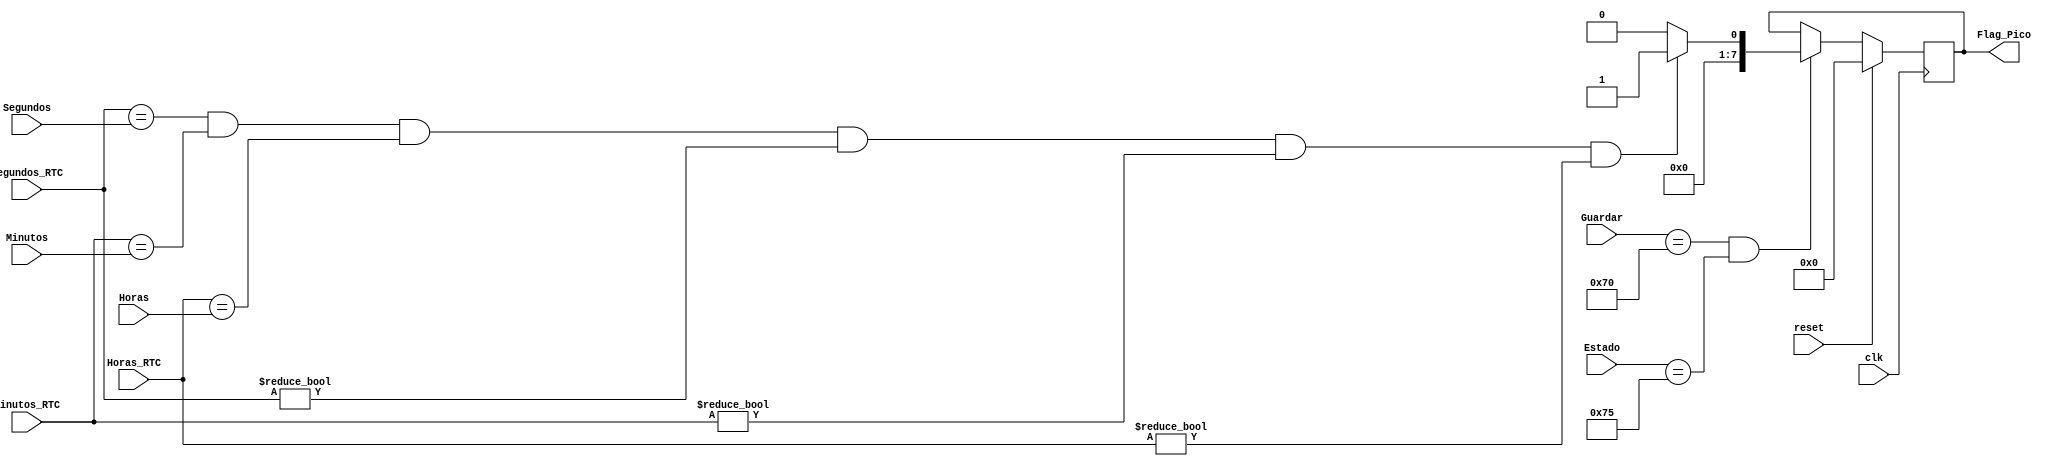
`timescale 1ns / 1ps
//////////////////////////////////////////////////////////////////////////////////
// Company: 
// Engineer: 
// 
// Design Name: 
// Module Name:    Banderas_Alarma 
// Project Name: 
// Target Devices: 
// Tool versions: 
// Description: 
//
// Dependencies: 
//
// Revision: 
// Revision 0.01 - File Created
// Additional Comments: 
//
//////////////////////////////////////////////////////////////////////////////////
module Banderas_Alarma(
    input [7:0] Segundos,
	 input [7:0] Minutos,
	 input [7:0] Horas,
    input [7:0] Segundos_RTC,
	 input [7:0] Minutos_RTC,
	 input [7:0] Horas_RTC,
	 input [7:0] Estado,
	 input [7:0] Guardar,
	 input clk,
	 input reset,
	 output reg [7:0] Flag_Pico
    );
	 
	 always @(posedge clk)
	    if (reset)
			begin
				Flag_Pico <= 8'd0;
			end 
		 else 
			 if ((Guardar == 8'h70)&&(Estado == 8'h75))
					begin
						if ((Segundos_RTC == Segundos )&& (Minutos_RTC == Minutos) && (Horas_RTC == Horas ) && (Segundos_RTC != 8'h00) && (Minutos_RTC != 8'h00) && (Horas_RTC != 8'h00))
							begin
								Flag_Pico <= 8'd1;
		
							end
						else 
						begin
							Flag_Pico <= 8'd0;
						end 
					end
			else 
				begin
					Flag_Pico <= Flag_Pico;
				end
endmodule